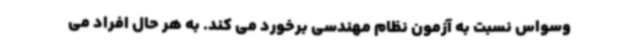
وسواس نسبت به آزمون نظام مهندسی برخورد می کند. به هر حال افراد می